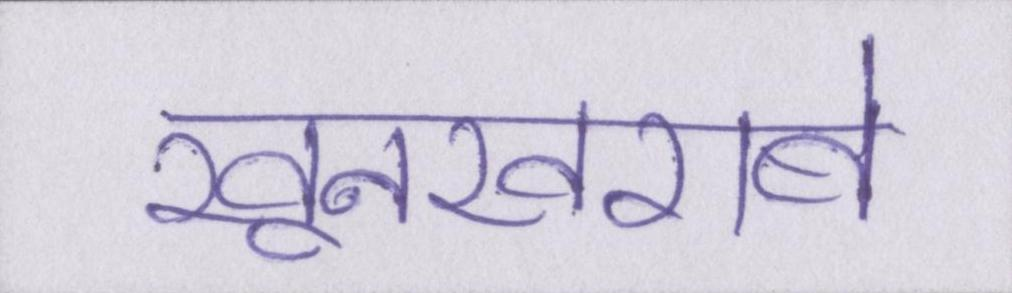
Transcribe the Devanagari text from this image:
खूनखराबे